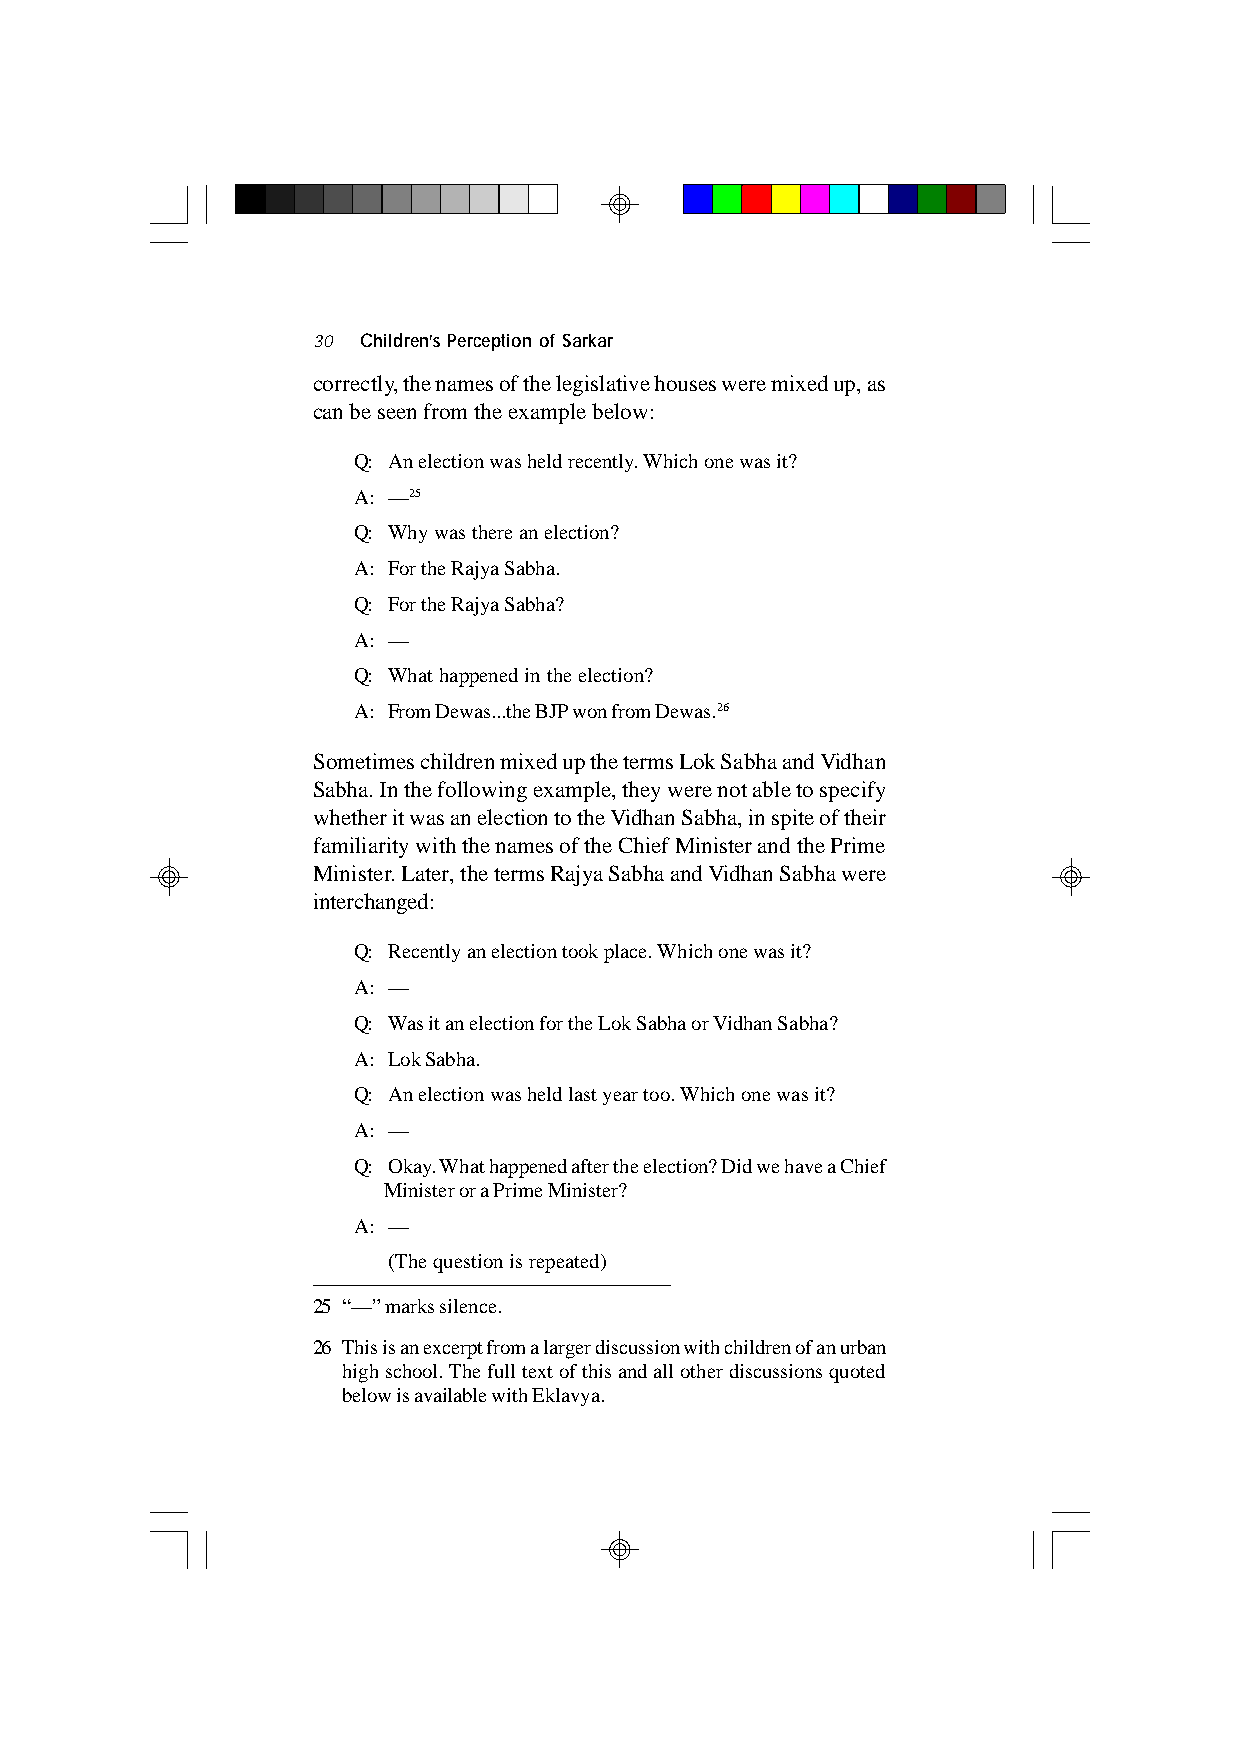
30 Children’s Perception of Sarkar
 correctly, the names of the legislative houses were mixed up, as
 can be seen from the example below:
 Q: An election was held recently. Which one was it?
 A: —25
 Q: Why was there an election?
 A: For the Rajya Sabha.
 Q: For the Rajya Sabha?
 A: —
 Q: What happened in the election?
 A: From Dewas...the BJP won from Dewas.26
 Sometimes children mixed up the terms Lok Sabha and Vidhan
 Sabha. In the following example, they were not able to specify
 whether it was an election to the Vidhan Sabha, in spite of their
 familiarity with the names of the Chief Minister and the Prime
 Minister. Later, the terms Rajya Sabha and Vidhan Sabha were
 interchanged:
 Q: Recently an election took place. Which one was it?
 A: —
 Q: Was it an election for the Lok Sabha or Vidhan Sabha?
 A: Lok Sabha.
 Q: An election was held last year too. Which one was it?
 A: —
 Q: Okay. What happened after the election? Did we have a Chief
 Minister or a Prime Minister?
 A: —
 (The question is repeated)
 25 “—” marks silence.
 26 This is an excerpt from a larger discussion with children of an urban
 high school. The full text of this and all other discussions quoted
 below is available with Eklavya.